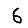
Digit: 6